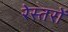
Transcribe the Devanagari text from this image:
रेस्तरों